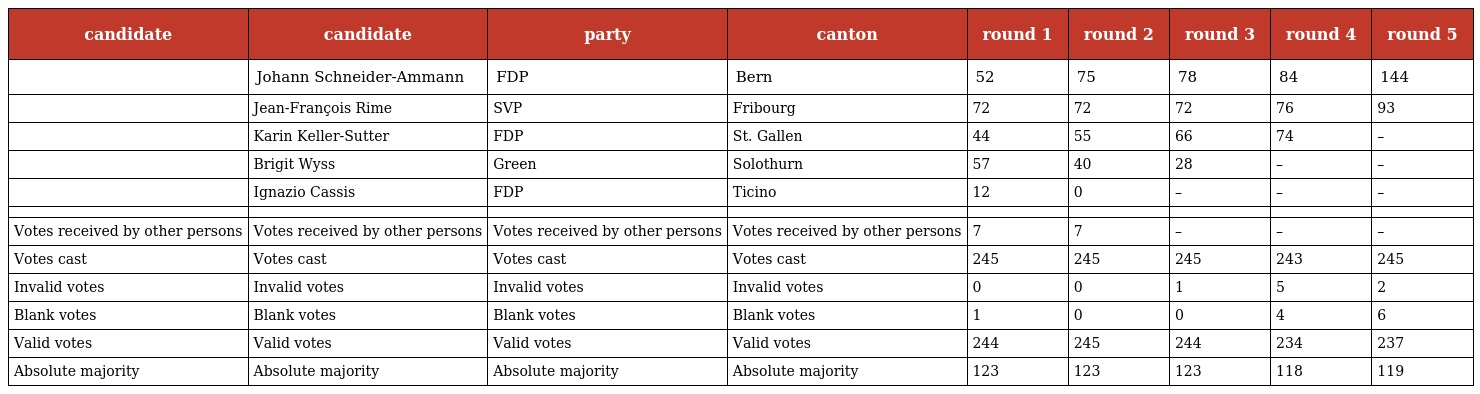
| candidate | candidate | party | canton | round 1 | round 2 | round 3 | round 4 | round 5 |
 | --- | --- | --- | --- | --- | --- | --- | --- | --- |
 |  | Johann Schneider-Ammann | FDP | Bern | 52 | 75 | 78 | 84 | 144 |
 |  | Jean-François Rime | SVP | Fribourg | 72 | 72 | 72 | 76 | 93 |
 |  | Karin Keller-Sutter | FDP | St. Gallen | 44 | 55 | 66 | 74 | – |
 |  | Brigit Wyss | Green | Solothurn | 57 | 40 | 28 | – | – |
 |  | Ignazio Cassis | FDP | Ticino | 12 | 0 | – | – | – |
 |  |  |  |  |  |  |  |  |  |
 | Votes received by other persons | Votes received by other persons | Votes received by other persons | Votes received by other persons | 7 | 7 | – | – | – |
 | Votes cast | Votes cast | Votes cast | Votes cast | 245 | 245 | 245 | 243 | 245 |
 | Invalid votes | Invalid votes | Invalid votes | Invalid votes | 0 | 0 | 1 | 5 | 2 |
 | Blank votes | Blank votes | Blank votes | Blank votes | 1 | 0 | 0 | 4 | 6 |
 | Valid votes | Valid votes | Valid votes | Valid votes | 244 | 245 | 244 | 234 | 237 |
 | Absolute majority | Absolute majority | Absolute majority | Absolute majority | 123 | 123 | 123 | 118 | 119 |